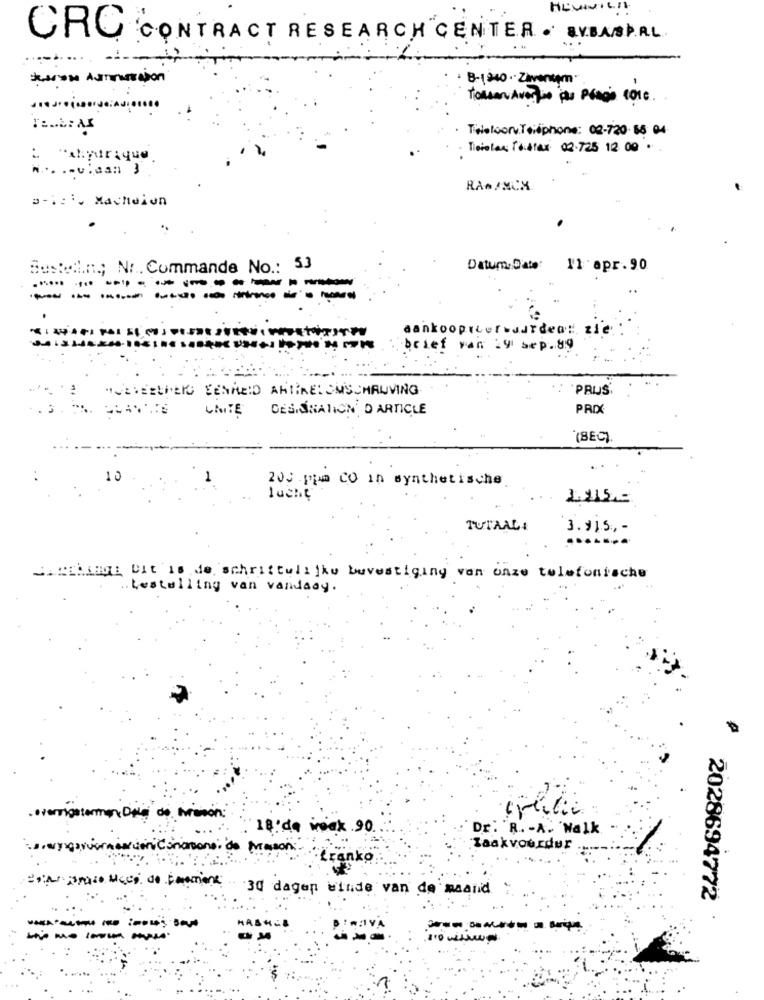
CRC CONTRACT RESEARCH CENTER . AVBASP.R.L.
· 8-1940 ·· Zaventem ·.
Thieloon Thephone: 08-720 66 04
· Tierolan To blas 02.725 12 00 . .
: "ahparaque
..... viaan 3
RAGAMCX.
p-ici. Macheiun
Bosted .::.; Nr .. Commande No .: 53
Datum:Date: 11 apr.90
......
---------
aankoopterwurden: zie
brief van 29 bep. 89
HOEVEELMEG EENHEID ARTIKEL OMSCHRIJVING
PRUS
UNITE
DESIGNATION D ARTICLE
PRIX
(BEC)
.. .
10
1
200 pim CO in synthetische
Lucht
TUTALLA
3.915, -
CARHIRE Dit is de schrittulijke buvestiging van onze telefonische
.Restulling van vandaag.
: 18'de week . 90
Dr. R. - A. 'Walk
miCs
Mason
Zaakvoerder
tranko
30 dagen winde van de maand
2028694772
HASHE
BIR.IVA